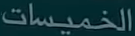
الخميسات